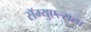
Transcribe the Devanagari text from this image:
सॅम्युएल्सला